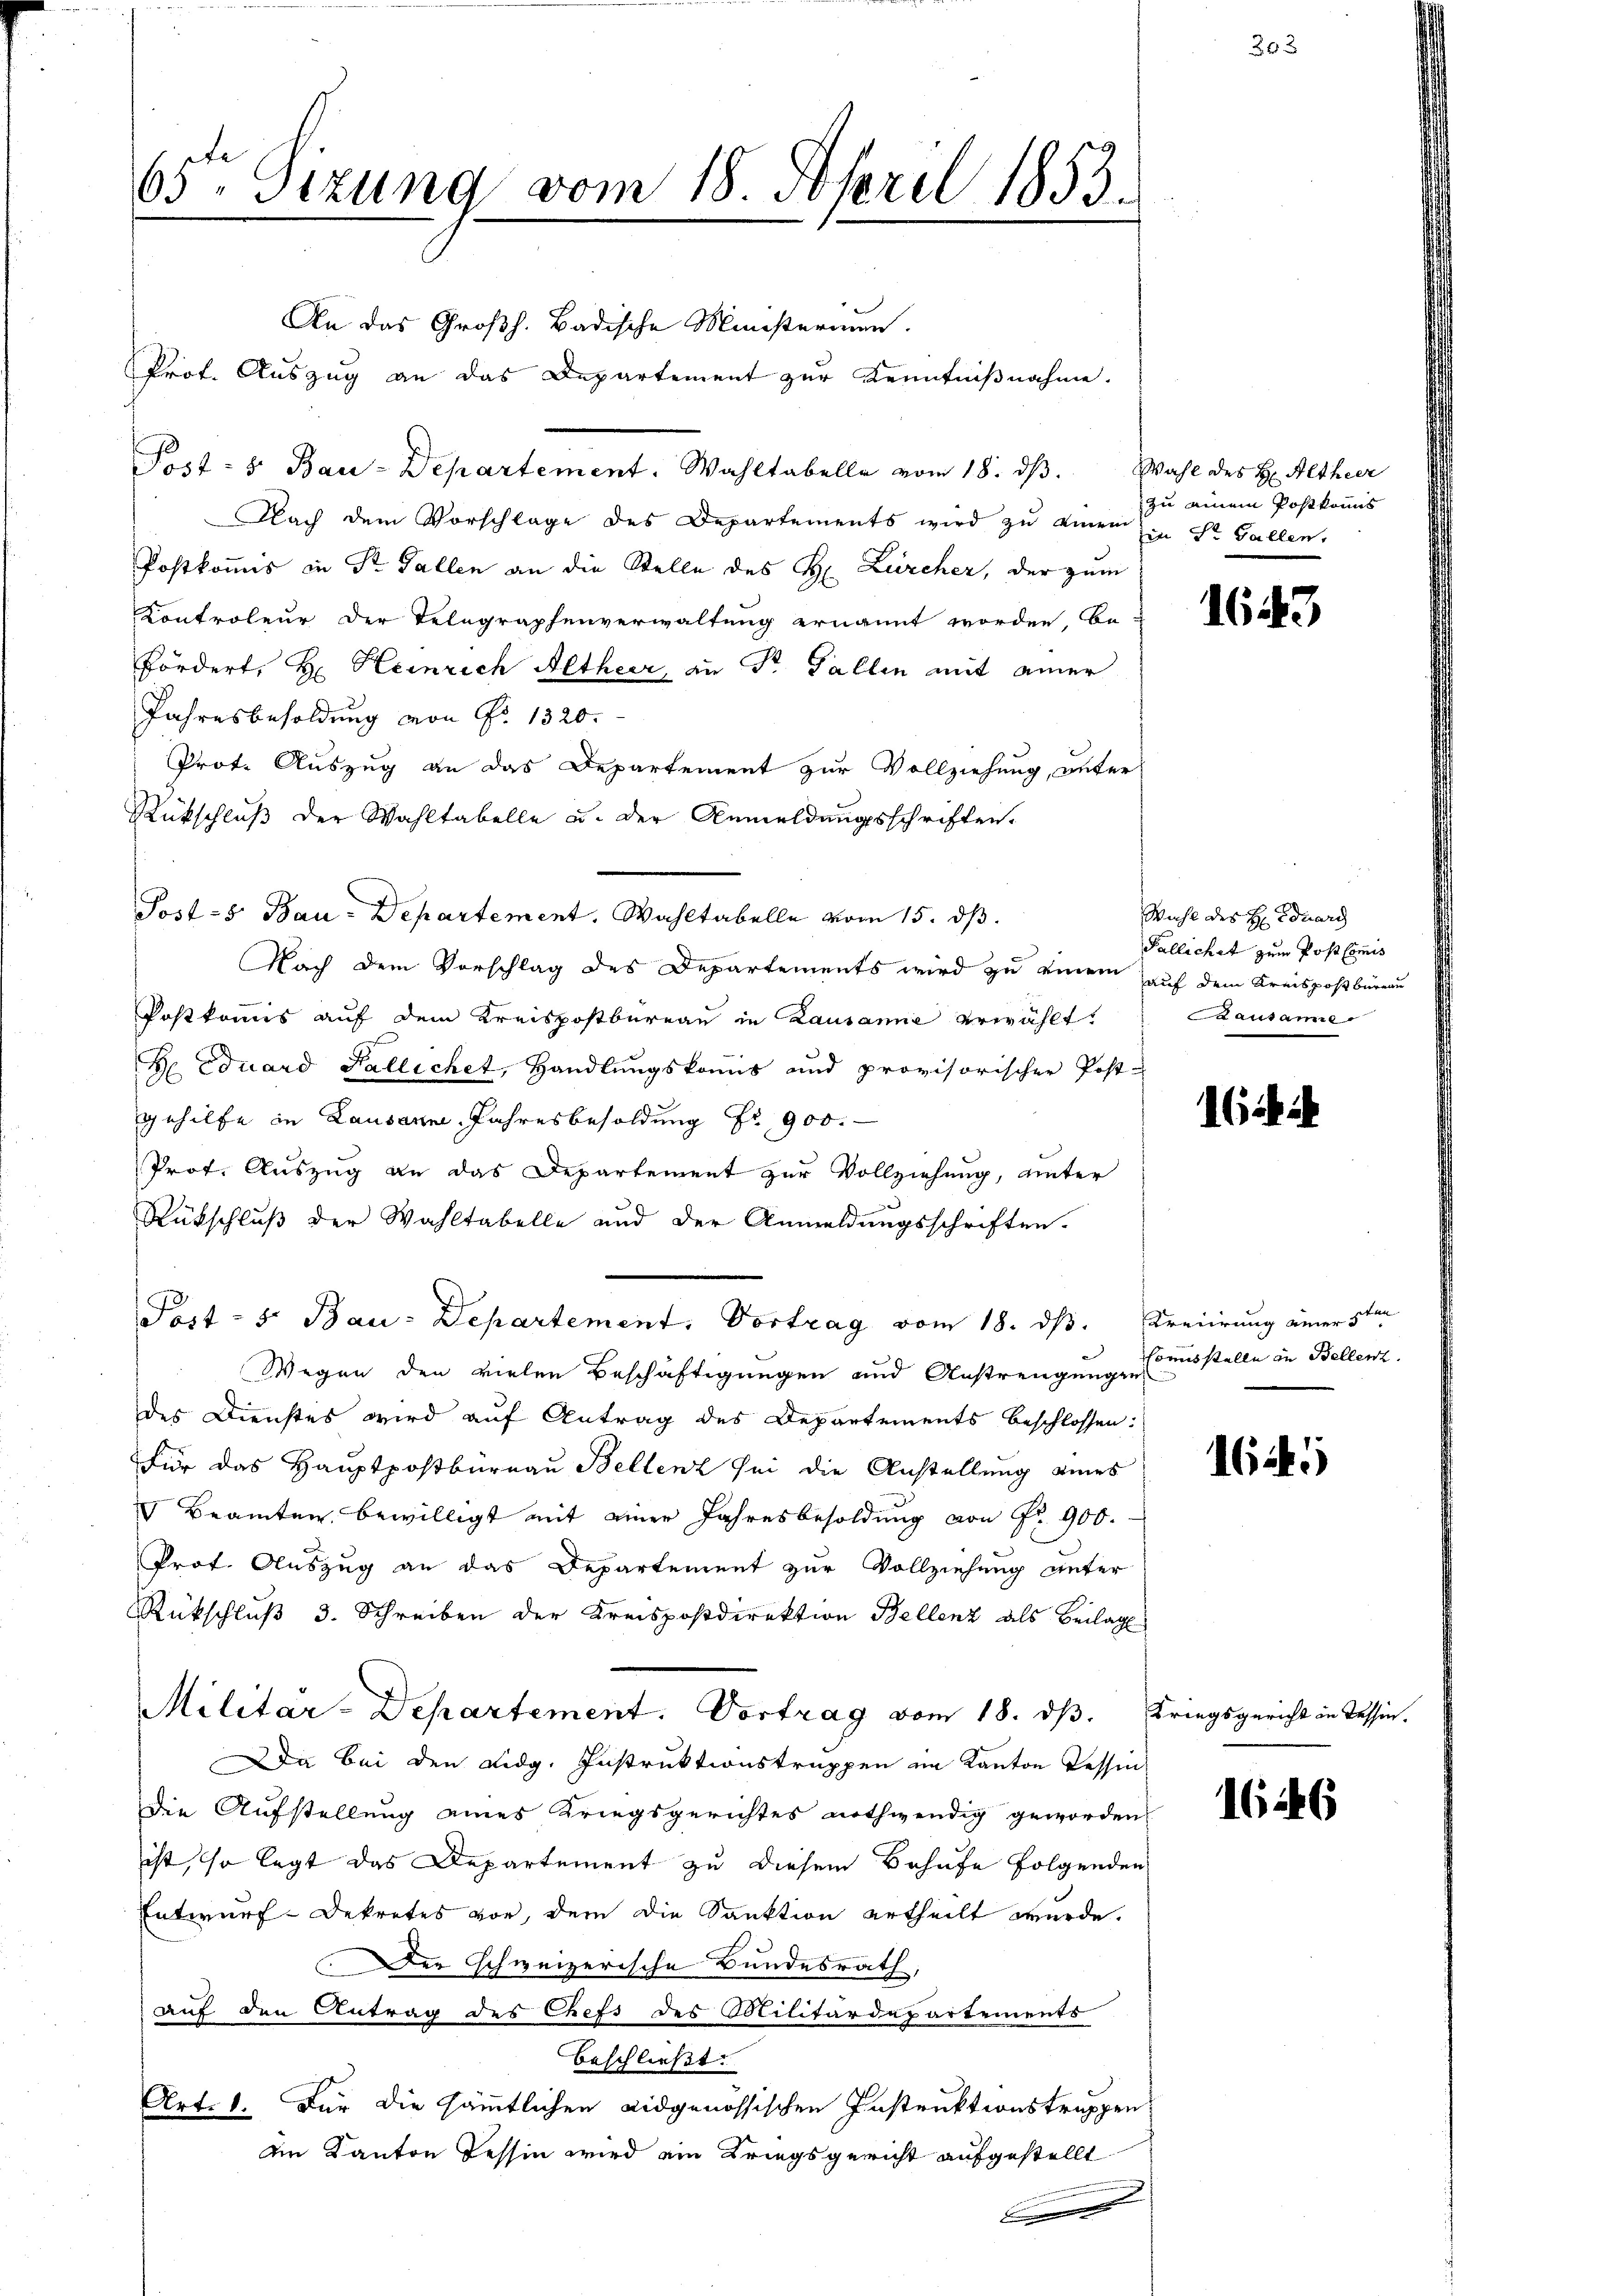
65 Sizung vom 18. April 1853.

Post- u Bau-Departement. Wahltabelle vom 18. dβ. Wahl des H: Althier

An das Großh. Badische Ministerium.
Prof. Auszug an das Departement zur Kenntnißnahme.

Nach dem Vorschlage des Departements wird zŭ einem
Postkommis in Dr. Gallen an die Stelle des H. Zürcher, der zum
Controleur der Telegraphenverwaltung ernannt worden, be-
Fördert, H. Heinrich Altheer, an Dr. Gallen mit einer
Jahresbesoldung von Nr. 1320.
Prote Auszug an das Departement zur Vollziehung, unter
Rückschluß der Wahltabelle u. der Anmeldungsschriften.
Post - Bau-Departement. Wahltabelle vom 15. dß.
Nach dem Vorschlag des Departements wird zu einem auf dem Kreispostbüreau
Postkomis auf dem Kreispostbureau in Lausanne erwählt,
Be Eduard Fallichet, Handlungskomis und provisorischer Post-
gehilfe in Lausanne, Jahresbesoldung Fr. 900.
Prof. Auszug an das Departement zur Vollziehung, unter
Rückschluß der Wahltabelle und der Anmeldungsschriften.
Post- 5. Bau-Departement, Vortrag vom 18. ds. Kreiirung einer 5ten
Wegen den vielen Beschäftigungen und Anstrengungen
des Dienstes wird auf Antrag des Departements beschlossen:
Für das Hauptpostbureau Bellenz sei die Anstellung eines
Beamten bewilligt mit einer Jahresbesoldung von Fr. 900.
Prof. Auszug an das Departement zur Vollziehung unter
Rückschluβ 3. Schreiben der Kreispostdirektion Bellenz als Beilag
Militar-Departement. Vortrag vom 18. dβ. Kriegsgericht in Tessin.
Da bei den Lidg. Instruktionstruppen im Kanton Tessin,
die Aufstellung eines Kriegsgerichtes nothwendig geworden
ist, so legt das Departement zu diesem Behufe folgenden
Entwurf-Dekretes vor, dem die Sanktion ertheilt wurde.
Der schweizerische Bundesrath,
auf den Antrag des Chefs des Militärdepartements
beschließt:
Art. 1. Für die sämmtlichen Eidgenössischen Instruktionstruppen
die Kanton Tessin wird ein Kriegsgericht aufgestellt
F

zu einem Postkommis
in St. Gallen.

1643

Wahl des H. Eduard
Pallichet zum Post Commis
aautamie

262

chi

Commisstelle in Bellen.

165

1646